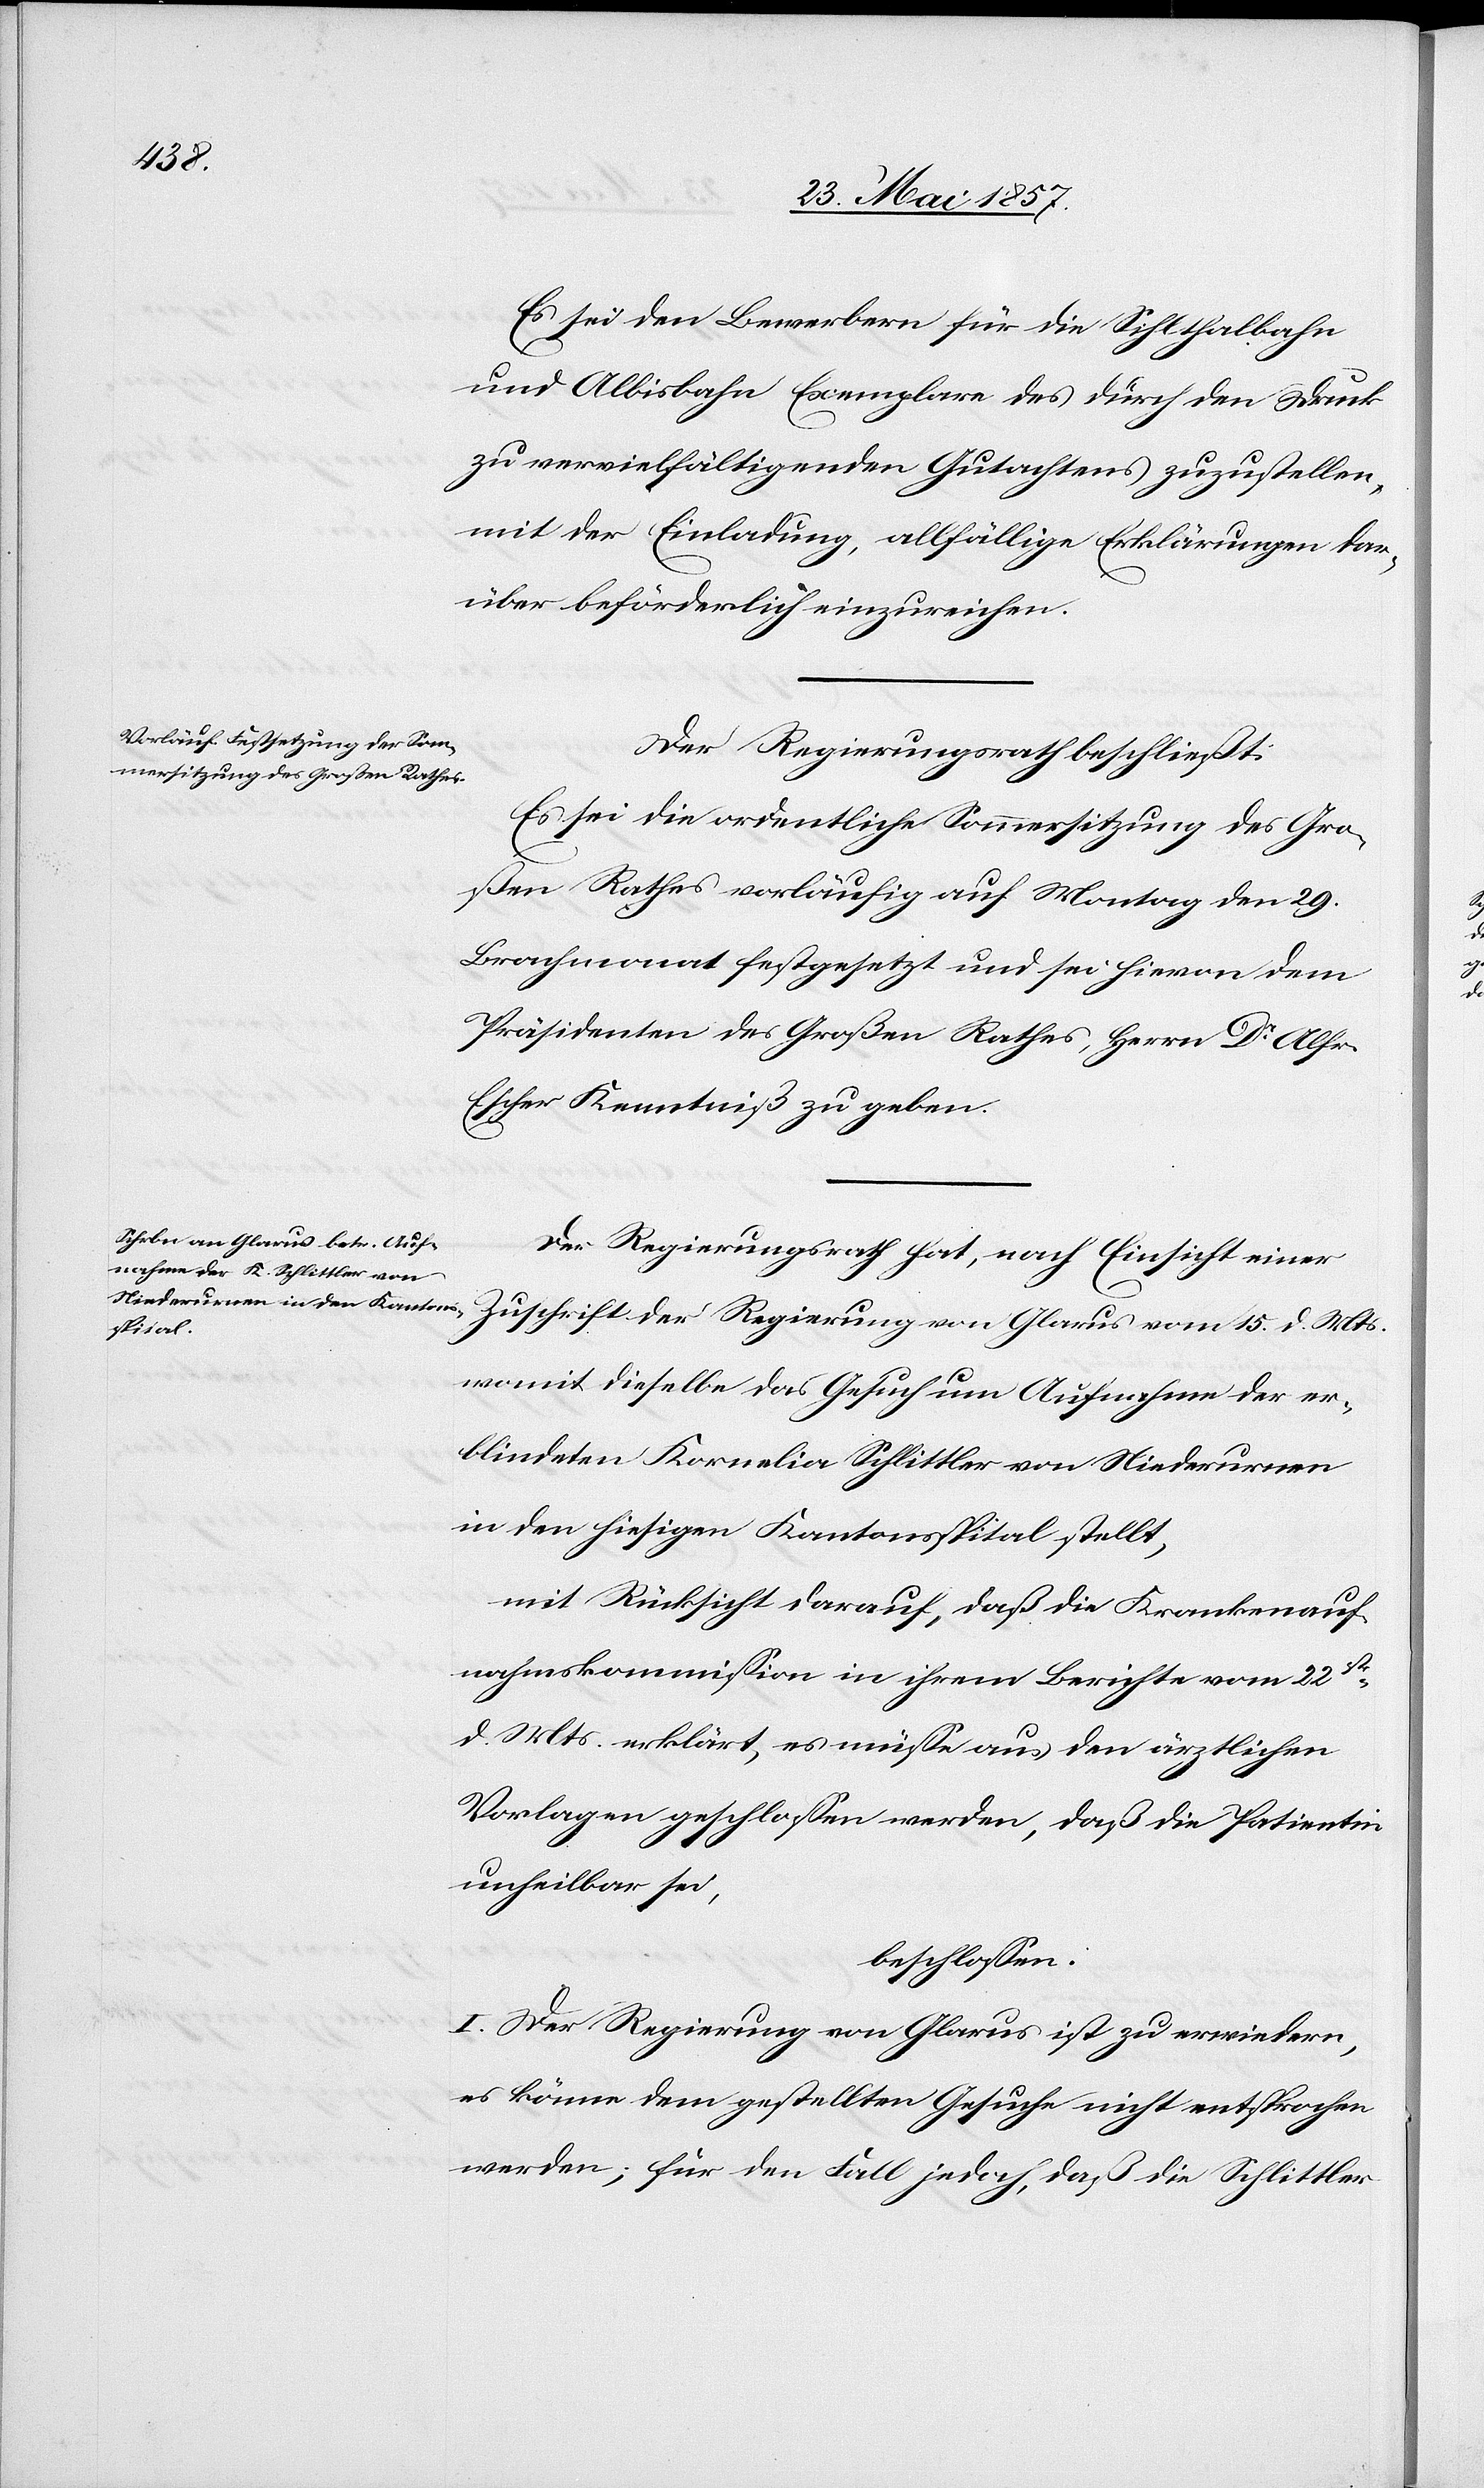
Es sei den Bewerbern für die Sihlthalbahn
und Albisbahn Exemplare des durch den Druck
zu vervielfältigenden Gutachtens zuzustellen,
mit der Einladung, allfällige Erklärungen dar¬
über beförderlich einzureichen.
Der Regierungsrath beschließt:
Es sei die ordentliche Sommersitzung des Gro¬
ßen Rathes vorläufig auf Montag den 29
Brachmonat festgesetzt und sei hievon dem
Präsidenten des Großen Rathes, Herrn Dr Alfr.
Escher Kenntniß zu geben.
Der Regierungsrath hat, nach Einsicht einer
Zuschrift der Regierung von Glarus vom 15 d. Mts.
womit dieselbe das Gesuch um Aufnahme der er¬
blindeten Kornelia Schlittler von Niederurnen
in den hiesigen Kantonsspital stellt,
mit Rücksicht darauf, daß die Krankenauf¬
nahmskommission in ihrem Berichte vom 22sten
d. Mts. erklärt, es müsse aus den ärztlichen
Vorlagen geschlossen werden, daß die Patientin
unheilbar sei,
beschlossen:
I. Der Regierung von Glarus ist zu erwiedern,
es könne dem gestellten Gesuche nicht entsprochen
werden; für den Fall jedoch, daß die Schlittler